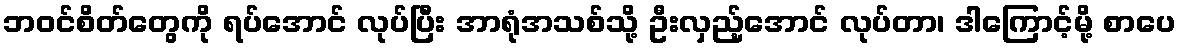
ဘဝင်စိတ်တွေကို ရပ်အောင် လုပ်ပြီး အာရုံအသစ်သို့ ဦးလှည့်အောင် လုပ်တာ၊ ဒါကြောင့်မို့ စာပေ